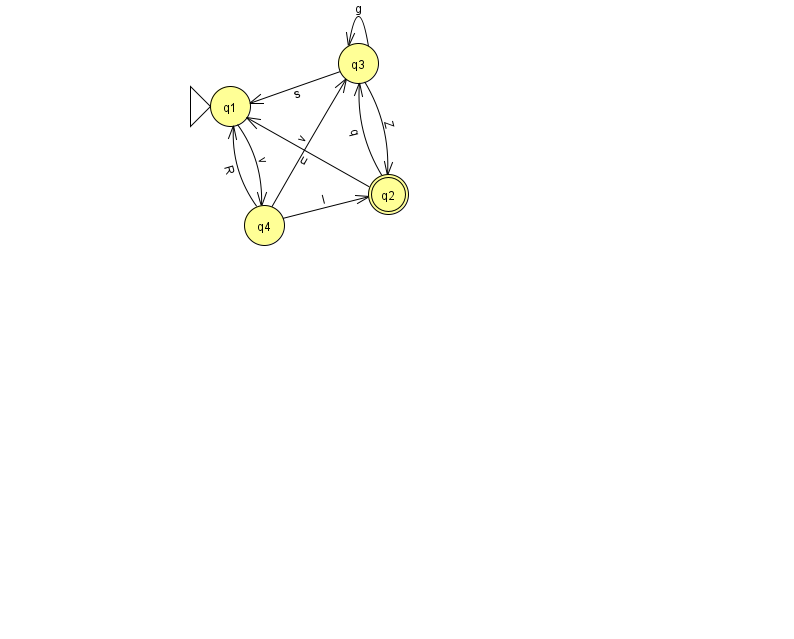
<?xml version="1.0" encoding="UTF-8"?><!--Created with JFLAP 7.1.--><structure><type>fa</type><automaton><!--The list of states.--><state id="1" name="q1"><x>230.0</x><y>93.0</y><initial/></state><state id="2" name="q2"><x>388.0</x><y>181.0</y><final/></state><state id="3" name="q3"><x>358.0</x><y>50.0</y></state><state id="4" name="q4"><x>264.0</x><y>212.0</y></state><!--The list of transitions.--><transition><from>2</from><to>3</to><read>q</read></transition><transition><from>4</from><to>3</to><read>v</read></transition><transition><from>3</from><to>3</to><read>g</read></transition><transition><from>4</from><to>2</to><read>I</read></transition><transition><from>3</from><to>2</to><read>Z</read></transition><transition><from>4</from><to>1</to><read>R</read></transition><transition><from>3</from><to>1</to><read>s</read></transition><transition><from>2</from><to>1</to><read>u</read></transition><transition><from>1</from><to>4</to><read>v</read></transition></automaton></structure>